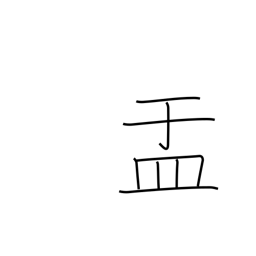
Meaning: bowl